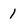
Character: 1